Plague in India, 1896, 1897 - Volume 1
Year: 1896
Disease focus: Plague
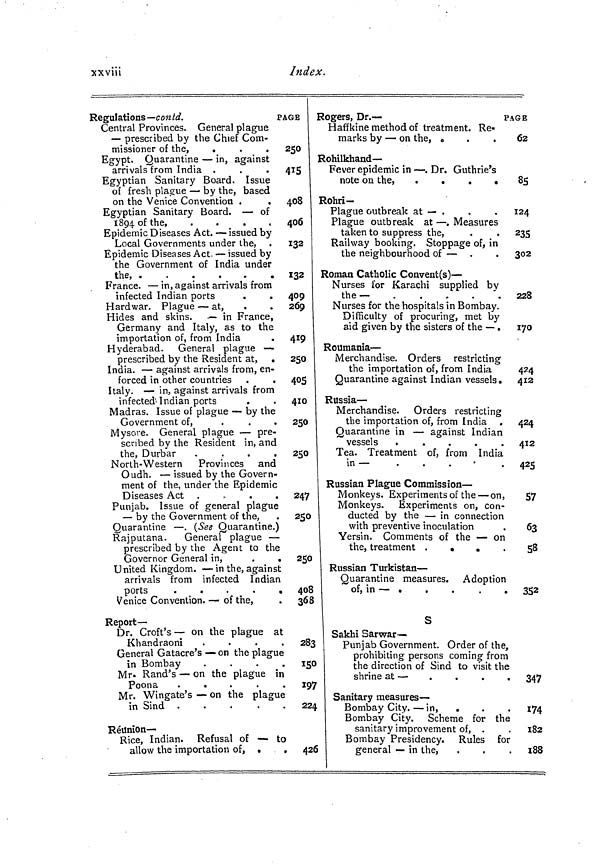
xxviiî
Index.
Regulations— contd.
PA
Central Provinces. General plague
— prescribed by the Chief Com-
missioner of the,
.
Egypt. Quarantine — in, against
arrivals from India .
Egyptian Sanitary Board. Issue
of fresh plague — by the, based
on the Venice Convention .
Egyptian Sanitary Board. — of
1894 of the
Epidemic Diseases Act. — issued by
Local Governments under the,
Epidemic Diseases Act. — issued by
the Government of India under
the,
France. — in, against arrivals from
infected Indian ports
.
.
Hardwar. Plague — at,
Hides and skins. — in France,
Germany and Italy, as to the
importation of, from India
Hyderabad.
General plague —
prescribed by the Resident at, .
India. — against arrivals from, en-
forced in other countries
Italy. — in, against arrivals from
infected 1 ' Indian ports
Madras. Issue of plague — by the
Government of,
.
.
.
Mysore. General plague — pre-
scribed by the Resident in, and
the, Durbar
.
.
.
.
North-Western Provinces and
Oudh. — issued by the Govern-
ment of the, under the Epidemic
Diseases Act .
Punjab. Issue of general plague
— by the Government of the,
Quarantine — . (See Quarantine.)
Rajputana.
General plague —
prescribed by the Agent to the
Governor General in,
.
.
United Kingdom. — in the, against
arrivals from infected Indian
ports
Venice Convention. — of the,
Report —
Dr. Croft's — on the plague at
Khandraoni
.
.
.
.
General Gatacre's — on the plague
in Bombay
.
Mr- Rand's — on the plague in
Poona
.
Mr. Wingate's — on the plague
in Sind .
Reunion-
Rice, Indian. Refusal of — to
allow the importation of, .
.
GE
250
415
408
406
132
132
409
269
419
250
405
410
250
250
247
250
250
408
368
283
150
197
22
420
Rogers, Dr.—
pa
Haffkine method of treatment. Re-
marks by — on the, „
Rohilkhand—
Fever epidemic in — . Dr. Guthrie's
Rohri-
Plague outbreak at — .
Plague outbreak at — . Measures
taken to suppress the,
Railway booking. Stoppage of, in
the neighbourhood of — .
Roman Catholic Convent(s) —
Nurses for Karachi supplied by
the—
.
.
,
.
Nurses for the hospitals in Bombay.
Difficulty of procuring, met by
aid given by the sisters of the — .
Roumania —
Merchandise. Orders restricting
the importation of, from India
Quarantine against Indian vessels.
Russia —
Merchandise. Orders restricting
the importation of, from India .
Quarantine in — against Indian
vessels
.
.
.
.
.
Tea. Treatment of, from India
in —
.
Russian Plague Commission —
Monkeys. Experiments of the — on,
Monkeys. Experiments on, con-
ducted by the — in connection
with preventive inoculation
Yersin. Comments of the — on
the, treatment
.
.
Russian Turkistan —
Quarantine measures. Adoption
of, in — .
S
Sakhi Sarwar—
Punjab Government. Order of the,
prohibiting persons coming from
the direction of Sind to visit the
shrine at —
Sanitary measures —
Bombay City. — in, .
Bombay City. Scheme for the
sanitary improvement of, .
Bombay Presidency. Rules for
general — in the,
GE
62
85
124
23S
302
228
170
424
412
424
412
42S
57
63
58
352
347
174
182
188